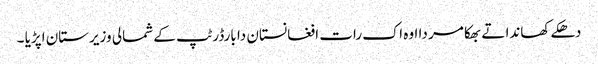
دھکے کھاندا تے بھکا مر دا اوہ اک رات افغانستان دا بارڈر ٹپ کے شمالی وزیرستان اپڑیا ۔